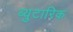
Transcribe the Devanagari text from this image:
ब्युटारिक